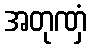
အတုဏှံ